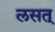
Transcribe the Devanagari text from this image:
लसत्